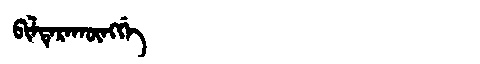
Manchu: ᠪᡳᠯᡨᡝᡵᠠᡴᡡᠩᡤᡝ
Romanization: BILTERAKŪNGGE